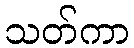
သတ်ကာ